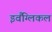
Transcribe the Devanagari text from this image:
इवैंग्लिकल